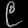
Digit: ၉